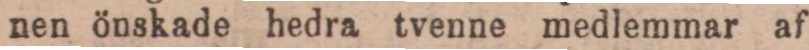
nen önskade hedra tvenne medlemmar af